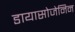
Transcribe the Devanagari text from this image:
डायासोजेनिन